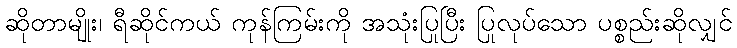
ဆိုတာမျိုး၊ ရီဆိုင်ကယ် ကုန်ကြမ်းကို အသုံးပြုပြီး ပြုလုပ်သော ပစ္စည်းဆိုလျှင်